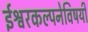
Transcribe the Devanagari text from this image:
ईश्वरकल्पनेविषयी